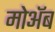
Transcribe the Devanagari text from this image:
मोअॅब